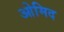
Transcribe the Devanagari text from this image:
ओमिद